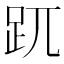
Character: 𧿁